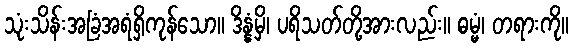
သုံးသိန်းအခြံအရံရှိကုန်သော။ ဒိန္နံမှိ၊ ပရိသတ်တို့အားလည်း။ ဓမ္မံ၊ တရားကို။